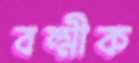
বল্মীক